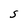
Character: S